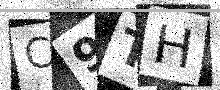
Text: C9TH